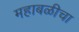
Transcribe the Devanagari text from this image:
महाबळीचा